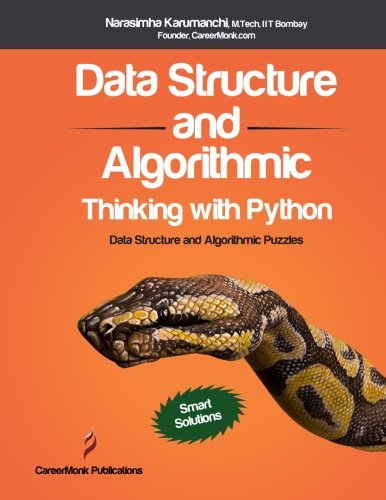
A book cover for Data Structure and Algorithmic Thinking with Python: Data Structure and Algorithmic Puzzles; Narasimha Karumanchi; Computers & Technology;